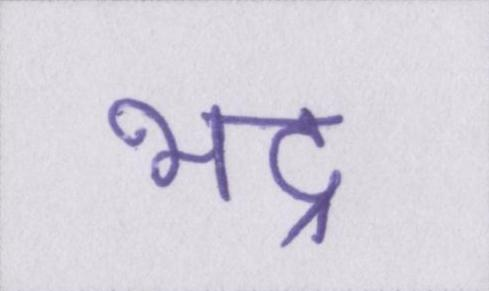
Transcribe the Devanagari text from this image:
भद्र